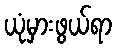
ယုံမှားဖွယ်ရာ